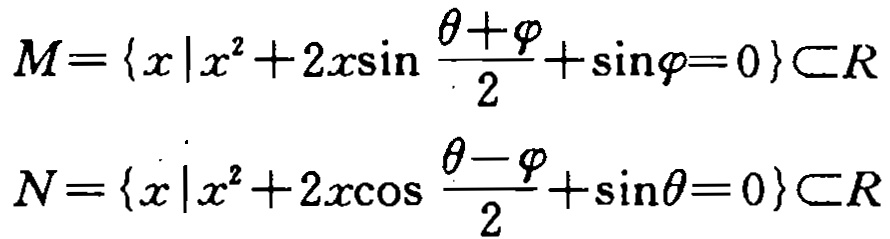
\[

M = \left\{x \mid x^{2}+2x\sin\frac{\theta + \varphi}{2}+\sin\varphi = 0\right\} \subset \mathbb{R}

\]

\[

N = \left\{x \mid x^{2}+2x\cos\frac{\theta - \varphi}{2}+\sin\theta = 0\right\} \subset \mathbb{R}

\]